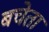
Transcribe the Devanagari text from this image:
बचेता